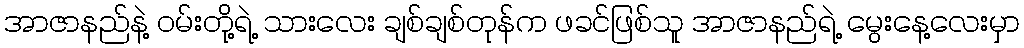
အာဇာနည်နဲ့ ဝမ်းတို့ရဲ့ သားလေး ချစ်ချစ်တုန်က ဖခင်ဖြစ်သူ အာဇာနည်ရဲ့ မွေးနေ့လေးမှာ